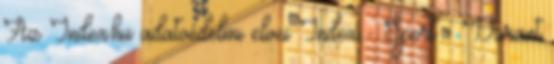
Az Index.hu adatvédelmi elvei Index - Sport - Durant